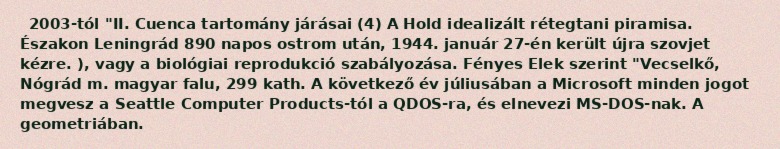
2003-tól "II. Cuenca tartomány járásai (4) A Hold idealizált rétegtani piramisa. Északon Leningrád 890 napos ostrom után, 1944. január 27-én került újra szovjet kézre. ), vagy a biológiai reprodukció szabályozása. Fényes Elek szerint "Vecselkő, Nógrád m. magyar falu, 299 kath. A következő év júliusában a Microsoft minden jogot megvesz a Seattle Computer Products-tól a QDOS-ra, és elnevezi MS-DOS-nak. A geometriában.